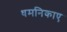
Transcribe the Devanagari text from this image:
धमनिकाए